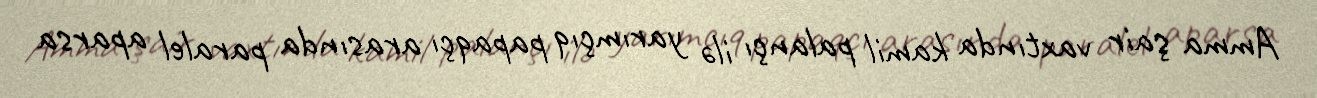
Amma şair vaxtında kamil palançı ilə yarımçıq papaqçı arasında paralel aparsa